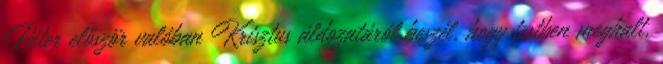
Péter először valóban Krisztus áldozatáról beszél, hogy testben meghalt,